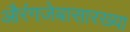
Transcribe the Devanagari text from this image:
औरंगजेबासारख्या